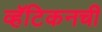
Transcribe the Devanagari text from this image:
व्हॅटिकनची